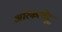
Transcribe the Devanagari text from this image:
अरिकामेदू